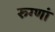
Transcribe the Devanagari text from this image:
रुग्णां